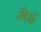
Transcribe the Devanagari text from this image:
मैइ